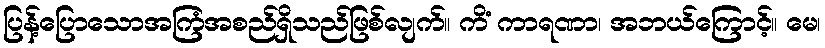
ပြန့်ပြောသောအကြံအစည်ရှိသည်ဖြစ်လျက်။ ကိံ ကာရဏာ၊ အဘယ်ကြောင့်။ မေ၊